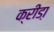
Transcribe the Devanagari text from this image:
क्रीडा़